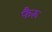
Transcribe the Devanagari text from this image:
फैरू